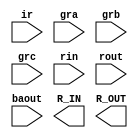
module select_encode_logic(input ir, gra, grb, grc, rin, rout, baout, 
                           output [15:0] R_IN, R_OUT
);
	
	
endmodule